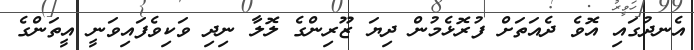
އެނދުގައި އޮވެ ދެއަތަށް ފުރޮޅެމުން ދިޔަ ޒޫރިންގެ ލޮލާ ނިދި ވަކިވެފައިވަނީ އީތަންގެ